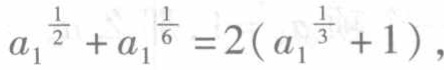
\(a_{1}^{\frac{1}{2}} + a_{1}^{\frac{1}{6}} = 2(a_{1}^{\frac{1}{3}} + 1)\)